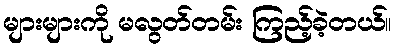
များများကို မလွတ်တမ်း ကြည့်ခဲ့တယ်။